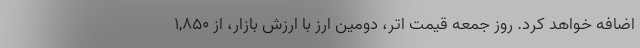
اضافه خواهد کرد. روز جمعه قیمت اتر، دومین ارز با ارزش بازار، از ۱,۸۵۰